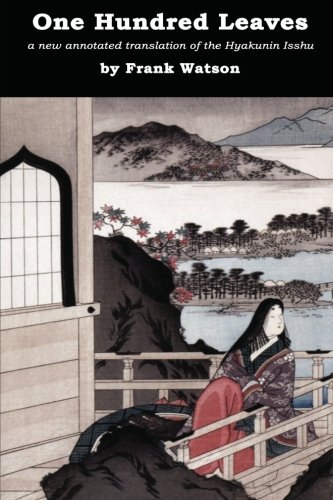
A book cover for One Hundred Leaves: A new annotated translation of the Hyakunin Isshu; Frank Watson; Literature & Fiction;